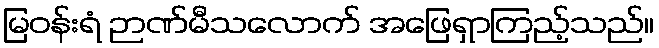
မြဝန်းရံ ဉာဏ်မီသလောက် အဖြေရှာကြည့်သည်။